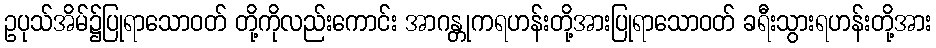
ဥပုသ်အိမ်၌ပြုရာသောဝတ် တို့ကိုလည်းကောင်း အာဂန္တုကရဟန်းတို့အားပြုရာသောဝတ် ခရီးသွားရဟန်းတို့အား